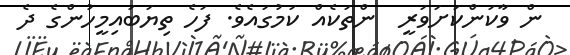
ން ވާކަންކަށަވަރީ  ންތަކެއް ކަމުގައެވެ. ފަހެ ތިޔަބައިމީހުންގެ ދެ